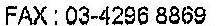
FAX: 03-4296 8869